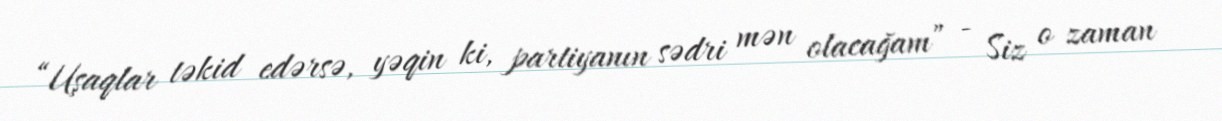
“Uşaqlar təkid edərsə, yəqin ki, partiyanın sədri mən olacağam” - Siz o zaman